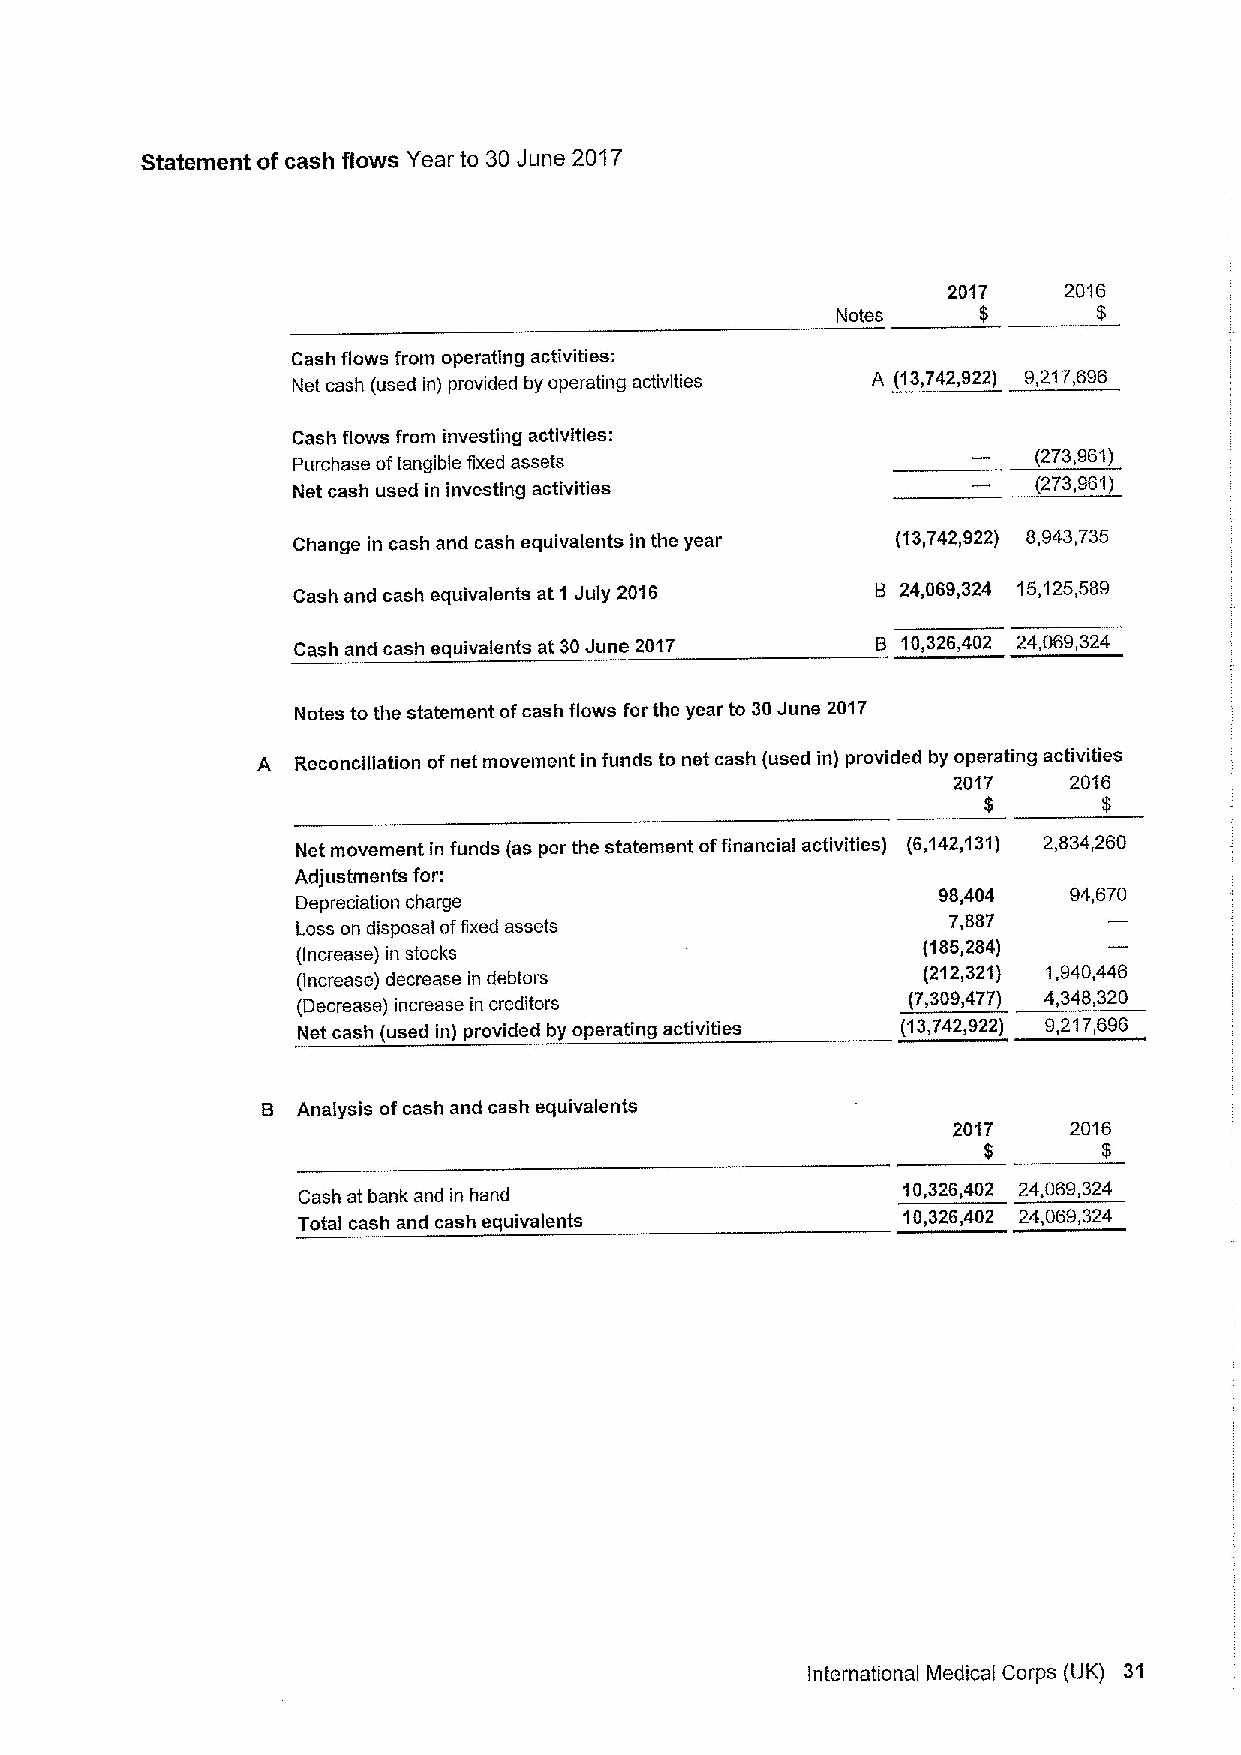
Statement of cash flows Year to 30June 2017
 2017   2016
 Notes     $       $
 Cash flows from operating activities:
 Net cash (used in) provided by operating activities A (13,742,922) 9,217,696
 Cash flows from investing activities:
 Purchase oftangible fixed assets                  (273,961)
 Net cash used in investing activities             (273,961)
 Change in cash and cash equivalents in the year (13,742,922) 8,943,735
 Cash and cash equivalents at 1 July 2016 B 24,069,324 15,125,589
 Cash and cash equivalents at 30June 2017 B 10,326,402 24,069,324
 Notes to the statement ofcash flows for the year to 30June 2017
 A  Reconciliation ofnet movement in funds to net cash (used in) provided by operating activities
 2017    2016
 $       $
 Net movement in funds (as per the statement offinancial activities) (6,142,131) 2,834,260
 Adjustments for:
 98,404   94,670
 Depreciation charge
 Loss on disposal offixed assets            7,887
 (Increase) in stocks
 (185,284)
 (Increase) decrease in debtors           (212,321) 1,940,446
 (Decrease) increase in creditors
 (7,309,477) 4,348,320
 Net cash (used in) provided by operating activities (13,742,922) 9,217,696
 B  Analysis ofcash and cash equivalents
 2017    2016
 $       $
 10,326,402 24,069,324
 Cash at bank and in hand
 Total cash and cash equivalents         10,326,402 24,069,324
 International Medical Corps (UK) 31